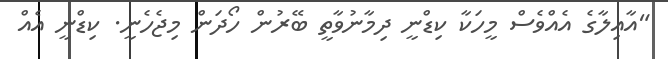
"އާއިލާގެ އެއްވެސް މީހަކާ ކިޑްނީ ދިމާނުވާތީ ބޭރުން ހޯދަން މިޖެހެނީ. ކިޑްނީ އެއް